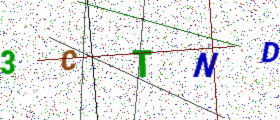
Text: 3CTND